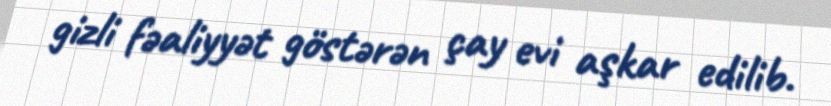
gizli fəaliyyət göstərən çay evi aşkar edilib.